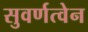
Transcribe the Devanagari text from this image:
सुवर्णत्वेन